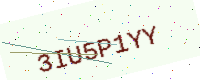
Text: 3IU5P1YY